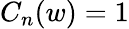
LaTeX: C_{n}(w)=1